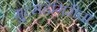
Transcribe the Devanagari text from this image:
मुत्सद्देगिरीचा